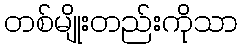
တစ်မျိုးတည်းကိုသာ